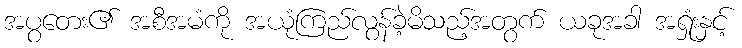
အပွတေး၏ အစီအမံကို အယုံကြည်လွန်ခဲ့မိသည့်အတွက် ယခုအခါ အရှုံးနှင့်